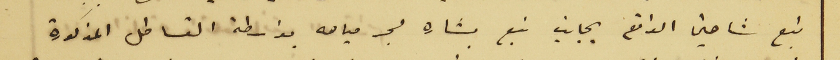
نبع شاهين الواقع بجانب نبع بشاره لجر مياهه بواسطة القساطل المذكورة